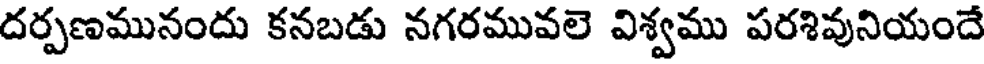
దర్పణమునందు కనబడు నగరమువలె విశ్వము పరశివునియందే